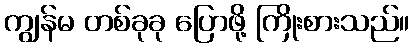
ကျွန်မ တစ်ခုခု ပြောဖို့ ကြိုးစားသည်။